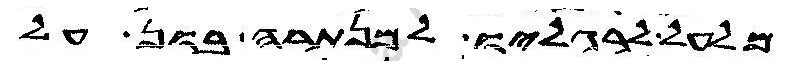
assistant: מלעל לרגליו למנתרה בון על